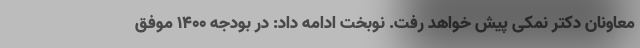
معاونان دکتر نمکی پیش خواهد رفت. نوبخت ادامه داد: در بودجه 1400 موفق